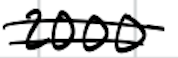
Text: 2000
Cross-out: double-line
Writing tool: digital_black